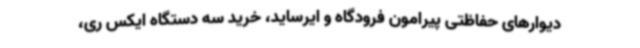
دیوارهای حفاظتی پیرامون فرودگاه و ایرساید، خرید سه دستگاه ایکس ری،